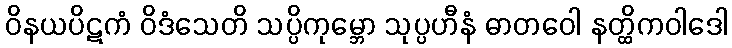
ဝိနယပိဋကံ ဝိဒံသေတိ သပ္ပိကုမ္ဘော သုပ္ပဟီနံ ဓာတဝေါ နတ္ထိကဝါဒေါ